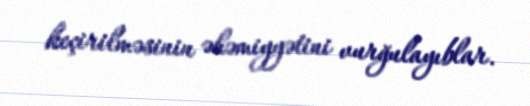
keçirilməsinin əhəmiyyətini vurğulayıblar.